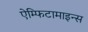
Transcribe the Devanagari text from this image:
ऐम्फिटामाइन्स